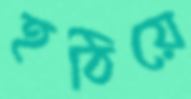
হঠিয়ে